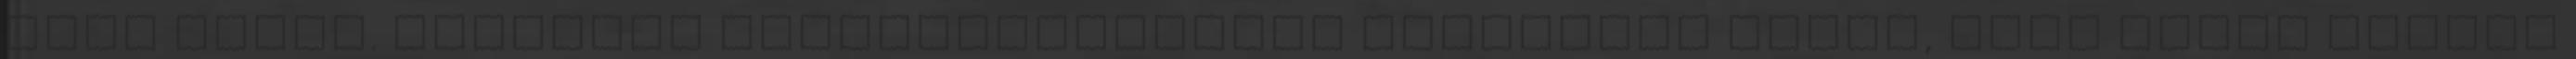
évig épült. Tisztelt képviselőtársaim Gondolják végig, hogy ehhez képest